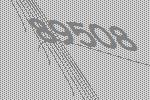
89508